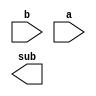
module ULA_exp (b, a, sub);

input signed [7:0] b, a; 
output signed [7:0] sub;

assign soma = a-b;
     
endmodule

module ULA_fraction (b, a, add);

input [22:0] b, a; 
output [22:0] add;

assign soma = a+b;
     
endmodule

module shift_fraction(b, sinal, res);

input [22:0] b;
input [7:0] sinal; //8 bits do expoente 
output [22:0] res;

assign res= {res>>sinal[7:0]};
                           


endmodule

module shift_res(b, sinal, res);

input [22:0] b;
input [8:0] sinal; //o bit mais significativo pra indicar se  direita ou esquerda e 8 bits do expoente. Ainda nao sei exatamente qual ser esse sinal 
output [22:0] res;

assign res= (sinal[8]==1)? {res<<sinal[7:0]}:
                            {res>> sinal[7:0]};

endmodule

module ULA_exp_one (b, sinal, res);

input signed [7:0] b; 
input sinal;
output signed [7:0] res;


assign res = (sinal == 1'b0) ? (b+1):
                                (b-1); 
     
endmodule